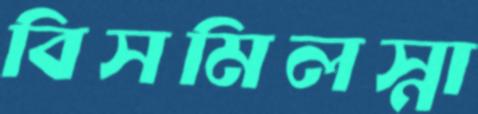
বিসমিলস্না